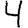
Digit: 4